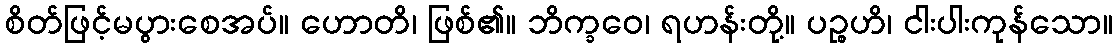
စိတ်ဖြင့်မပွားစေအပ်။ ဟောတိ၊ ဖြစ်၏။ ဘိက္ခဝေ၊ ရဟန်းတို့။ ပဉ္စဟိ၊ ငါးပါးကုန်သော။